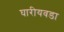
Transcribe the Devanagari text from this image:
घारीयवडा